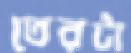
তেরটা